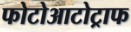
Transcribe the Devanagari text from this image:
फोटोआटोट्राफ